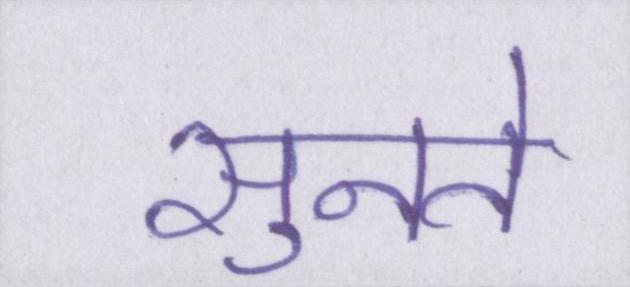
सुनते